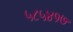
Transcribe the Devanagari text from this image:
५८५४१७